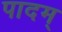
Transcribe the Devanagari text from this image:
पादम्